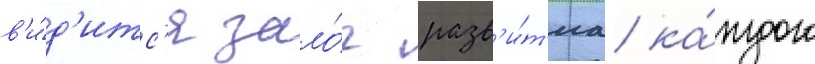
в'и́д'итс'я зало́г разв'и́т'иа ка́ждого